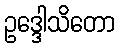
ဥဒ္ဒေါသိတော